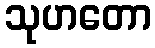
သုဟတော